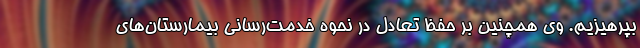
بپرهیزیم. وی همچنین بر حفظ تعادل در نحوه خدمت‌رسانی بیمارستان‌های